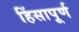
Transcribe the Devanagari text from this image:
हिंसापूर्ण